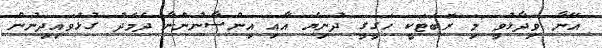
އޭނާ ވިދާޅުވީ މި ރޮބަޓަކީ ހަގީގީ ދުނިޔެ އާއި އިންސާނުންނާ ދެމެދު ގުޅުވައިދިނުން